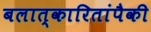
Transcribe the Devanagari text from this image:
बलात्‍कारितांपैकी